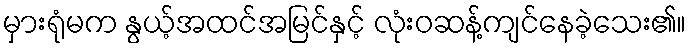
မှားရုံမက နွယ့်အထင်အမြင်နှင့် လုံးဝဆန့်ကျင်နေခဲ့သေး၏။